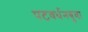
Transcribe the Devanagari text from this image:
पटवर्धनबुवा